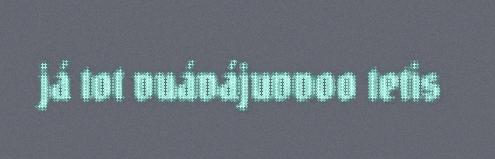
já tot vuávájuvvoo tetis